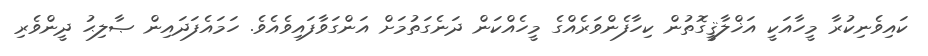
ކައިވެނިކުރާ މީހާއަކީ އަޚްލާޤީގޮތުން ކިހާފެންވަރެއްގެ މީހެއްކަން ދަނެގަތުމަށް އަންގަވާފައިވެއެވެ. ހަމައެފަދައިން ޞާލިޙު ދީންވެރި